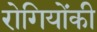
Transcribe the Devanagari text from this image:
रोगियोंकी